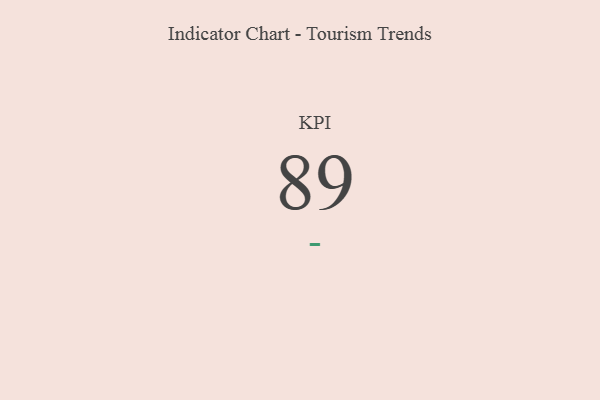
{"axis": {"x": "KPI", "y": "Value"}, "legend": [""], "data": [{"x": "KPI", "y": 89, "type": ""}]}